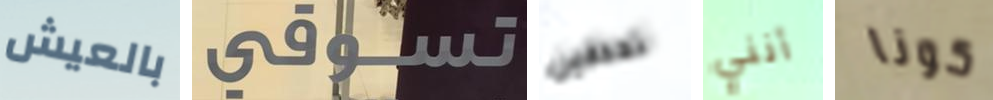
بالعيش تسوقي تحدقين أنني كونا